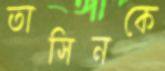
তাসিনকে